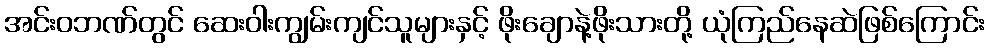
အင်းဝဘဏ်တွင် ဆေးဝါးကျွမ်းကျင်သူများနှင့် ဖိုးချောနဲ့ဖိုးသားတို့ ယုံကြည်နေဆဲဖြစ်ကြောင်း